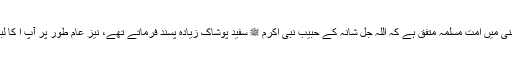
احادیث صحیحہ کی روشنی میں امت مسلمہ متفق ہے کہ اللہ جل شانہ کے حبیب نبی اکرم ﷺ سفید پوشاک زیادہ پسند فرماتے تھے، نیز عام طور پر آپ ا کا لباس سفید ہی ہوا کرتا تھا۔